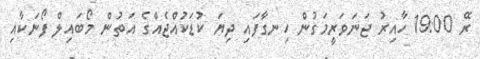
ރޭ 19:00 ހާއިރު ޖަނަވަރީމަގުން ހިނގާފައި ދިޔަ ކުޑަކުއްޖެއްގެ އަތުން މޯބައިލް ފޯނަކާއި